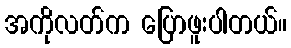
အကိုလတ်က ပြောဖူးပါတယ်။